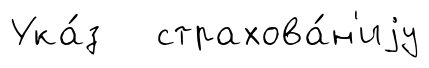
Ука́з страхова́н'иjу